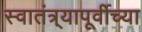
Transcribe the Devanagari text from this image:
स्वातंत्र्यापूर्वीच्या